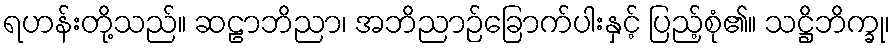
ရဟန်းတို့သည်။ ဆဠာဘိညာ၊ အဘိညာဉ်ခြောက်ပါးနှင့် ပြည့်စုံ၏။ သဋ္ဌိဘိက္ခု၊